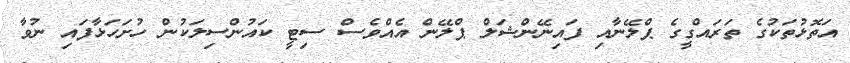
އަތޮޅުތަކުގެ ތަރައްގީގެ ޕްލޭނާއި ފައިނޭންޝަލް ޕްލޭން އެއްވެސް ސިޓީ ކައުންސިލަކުން ހުށަހަޅާފައި ނުވާ